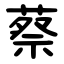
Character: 蔡